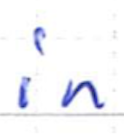
Text: in
Cross-out: clean
Writing tool: ballpoint